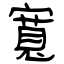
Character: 寬